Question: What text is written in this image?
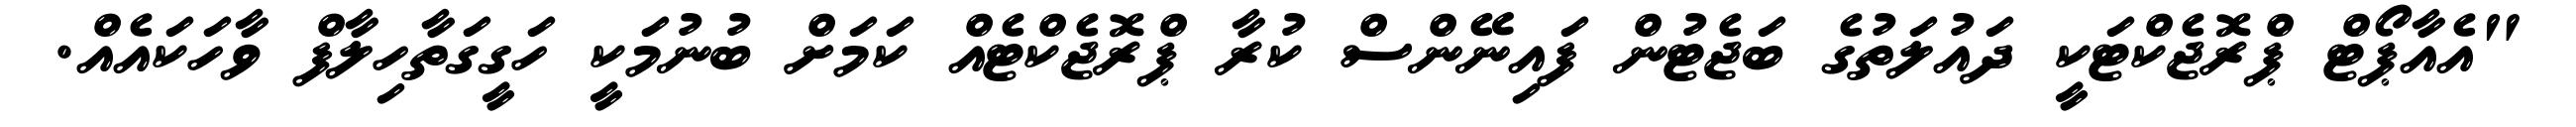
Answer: "އެއާޕޯޓް ޕްރޮޖެކްޓަކީ ދައުލަތުގެ ބަޖެޓުން ފައިނޭންސް ކުރާ ޕްރޮޖެކްޓެއް ކަމަށް ބުނުމަކީ ހަގީގަތާހިލާފް ވާހަކައެއް.